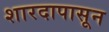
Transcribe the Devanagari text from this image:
शारदापासून